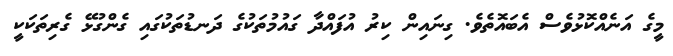
މީގެ އަނެއްކޮޅުވެސް އެބައޮތެވެ. ގިނައިން ކިރު އުފައްދާ ގައުމުތަކުގެ ދަނޑުތަކުގައި ގެންގުޅޭ ގެރިތަކަކީ